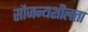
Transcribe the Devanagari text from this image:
सौजन्यशीलता